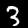
Digit: 3